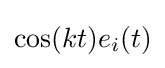
\cos(kt)e_{i}(t)